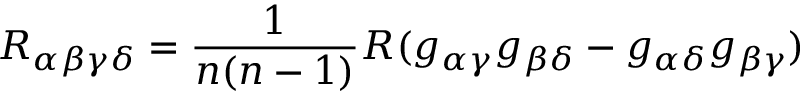
R _ { \alpha \beta \gamma \delta } = \frac { 1 } { n ( n - 1 ) } R ( g _ { \alpha \gamma } g _ { \beta \delta } - g _ { \alpha \delta } g _ { \beta \gamma } )